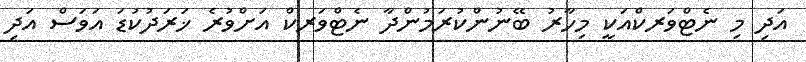
އަދި މި ނެޓްވަރކްއަކީ މިހާރު ބޭނުންކުރަމުންދާ ނެޓްވަރކް އަށްވުރެ ޚަރަދުކުޑަ އަވަސް އަދި